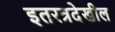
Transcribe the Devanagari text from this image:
इतरत्रदेखील